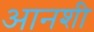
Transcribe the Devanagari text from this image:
आनशी